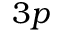
3 p